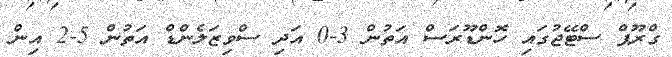
ގްރޫޕް ސްޓޭޖުގައި ހޮންޑޫރަސް އަތުން 3-0 އަދި ސްވިޒަލެންޑް އަތުން 5-2 އިން